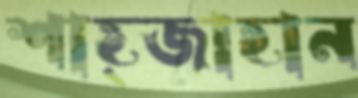
শাহ্জাহান